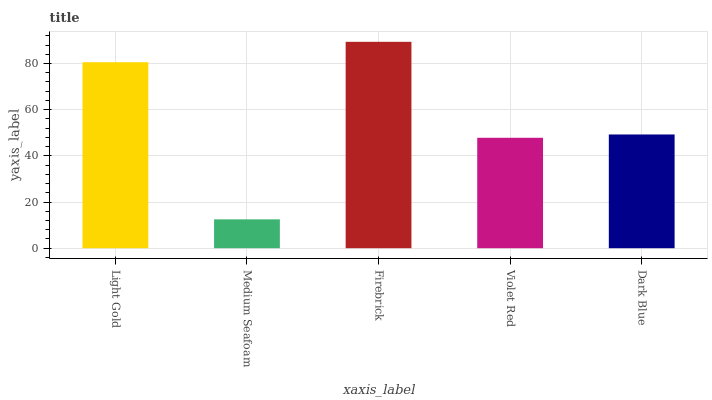
| xaxis_label | bars |
 | --- | --- |
 | Light Gold | 80.6 |
 | Medium Seafoam | 12.5 |
 | Firebrick | 89.4 |
 | Violet Red | 47.8 |
 | Dark Blue | 49.3 |